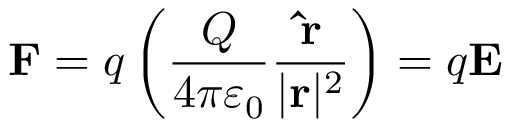
\mathbf { F } = q \left( { \frac { Q } { 4 \pi \varepsilon _ { 0 } } } { \frac { \mathbf { \hat { r } } } { | \mathbf { r } | ^ { 2 } } } \right) = q \mathbf { E }